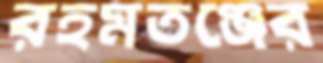
রহমতঞ্জের